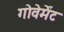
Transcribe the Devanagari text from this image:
गोवेर्मेंट